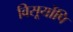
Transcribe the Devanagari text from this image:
विसूर्योपि